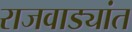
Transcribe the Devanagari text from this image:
राजवाड्यांत